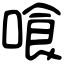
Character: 喰